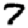
Digit: 7